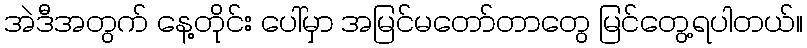
အဲဒီအတွက် နေ့တိုင်း ပေါ်မှာ အမြင်မတော်တာတွေ မြင်တွေ့ရပါတယ်။